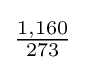
{\tfrac {1,160}{273}}